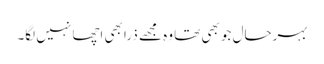
بہرحال جو بھی تھا وہ مجھے ذرا بھی اچھا نہیں لگا۔